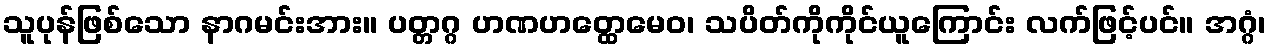
သူပုန်ဖြစ်သော နာဂမင်းအား။ ပတ္တဂ္ဂ ဟဏဟတ္ထေမေဝ၊ သပိတ်ကိုကိုင်ယူကြောင်း လက်ဖြင့်ပင်။ အဂ္ဂံ၊